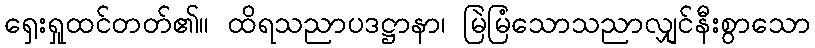
ရှေးရှုထင်တတ်၏။ ထိရသညာပဒဋ္ဌာနာ၊ မြဲမြံသောသညာလျှင်နီးစွာသော